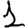
Digit: 1